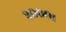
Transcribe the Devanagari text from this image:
२०००१